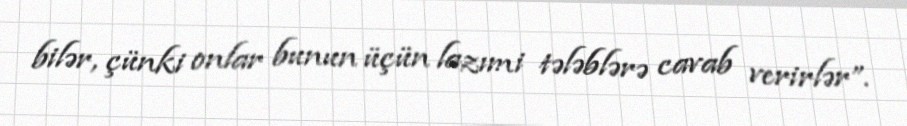
bilər, çünki onlar bunun üçün lazımi tələblərə cavab verirlər”.